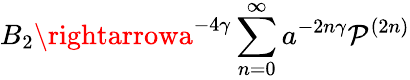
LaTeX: B_{2}\rightarrowa^{-4\gamma}\sum_{n=0}^{\infty}a^{-2n\gamma}\mathcal{P}^{(2n)}